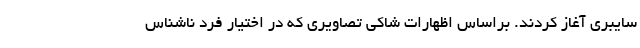
سایبری آغاز کردند. براساس اظهارات شاکی تصاویری که در اختیار فرد ناشناس